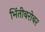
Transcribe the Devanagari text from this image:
भिंतीबरोबर